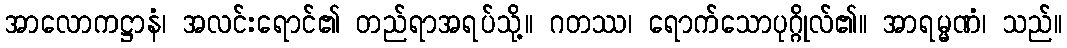
အာလောကဋ္ဌာနံ၊ အလင်းရောင်၏ တည်ရာအရပ်သို့။ ဂတဿ၊ ရောက်သောပုဂ္ဂိုလ်၏။ အာရမ္မဏံ၊ သည်။